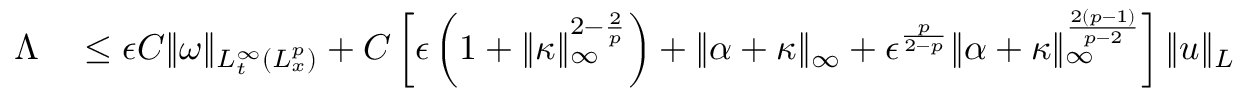
\begin{array} { r l } { \Lambda } & { { } \leq \epsilon C \| \omega \| _ { L _ { t } ^ { \infty } ( L _ { x } ^ { p } ) } + C \left[ \epsilon \left( 1 + \| \kappa \| _ { \infty } ^ { 2 - \frac { 2 } { p } } \right) + \| \alpha + \kappa \| _ { \infty } + \epsilon ^ { \frac { p } { 2 - p } } \| \alpha + \kappa \| _ { \infty } ^ { \frac { 2 ( p - 1 ) } { p - 2 } } \right] \| u \| _ { L _ { t } ^ { \infty } ( L _ { x } ^ { 2 } ) } . } \end{array}